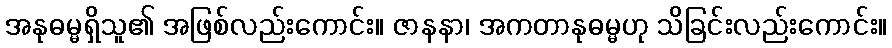
အနုဓမ္မရှိသူ၏ အဖြစ်လည်းကောင်း။ ဇာနနာ၊ အကတာနုဓမ္မဟု သိခြင်းလည်းကောင်း။